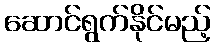
ဆောင်ရွက်နိုင်မည့်